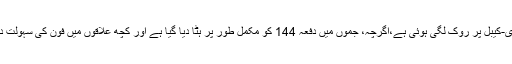
غور طلب ہے کہ وادی میں اب بھی موبائل فون، موبائل انٹرنیٹ اور ٹی وی-کیبل پر روک لگی ہوئی ہے،اگرچہ، جموں میں دفعہ 144 کو مکمل طور پر ہٹا دیا گیا ہے اور کچھ علاقوں میں فون کی سہولت دی گئی ہے،اب صرف موبائل کے لنگ کی سہولت ہی شروع کی گئی ہے۔